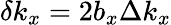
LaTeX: \delta k_{x}=2b_{x}\Delta k_{x}